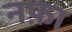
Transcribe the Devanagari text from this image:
नफ़ा